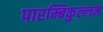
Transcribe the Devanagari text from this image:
पारम्बिकुल्लम